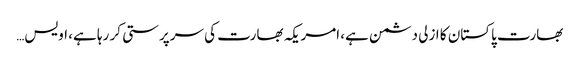
بھارت پاکستان کا ازلی دشمن ہے، امریکہ بھارت کی سرپرستی کر رہا ہے، اویس…